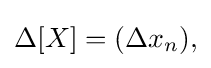
{\textstyle \Delta [X]=(\Delta x_{n}),}